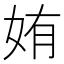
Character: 姷